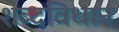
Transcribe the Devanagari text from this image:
शब्दविधान